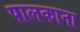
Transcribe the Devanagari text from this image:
पालकाना